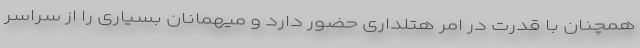
همچنان با قدرت در امر هتلداری حضور دارد و میهمانان بسیاری را از سراسر